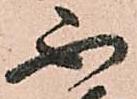
不